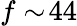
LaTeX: f\sim\! 44